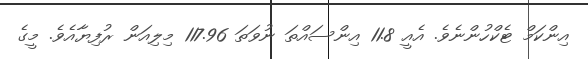
އިންކަމް ޓެކްހުންނެވެ. އެއީ 11.8 އިންސައްތަ ނުވަތަ 117.96 މިލިއަން ރުފިޔާއެވެ. މީގެ